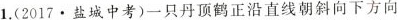
1.(2017•盐城中考)一只丹顶鹤正沿直线朝斜向下方向